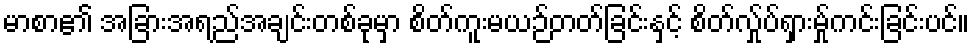
မာစာ၏ အခြားအရည်အချင်းတစ်ခုမှာ စိတ်ကူးမယဉ်တတ်ခြင်းနှင့် စိတ်လ်ှုပ်ရှားမ်ှုကင်းခြင်းပင်။